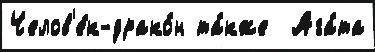
Челов'е́к-драко́н та́кже  Ага́та